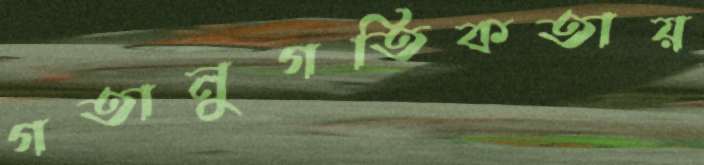
গতানুগতিকতায়